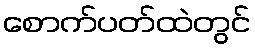
စောက်ပတ်ထဲတွင်